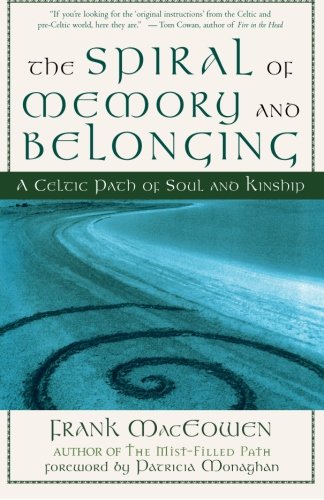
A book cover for The Spiral of Memory and Belonging: A Celtic Path of Soul and Kinship; M.A. Frank MacEowen; Religion & Spirituality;